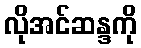
လိုအင်ဆန္ဒကို